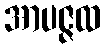
အာပဇ္ဇထ